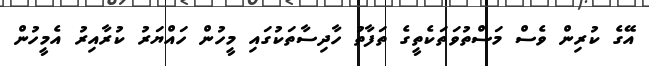
އޭގެ ކުރިން ވެސް މަސްތުވަތަކެތީގެ ތަފާތު ހާދިސާތަކުގައި މީހުން ހައްޔަރު ކުރާއިރު އެމީހުން